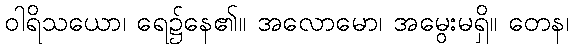
ဝါရိသယော၊ ရေ၌နေ၏။ အလောမော၊ အမွေးမရှိ။ တေန၊